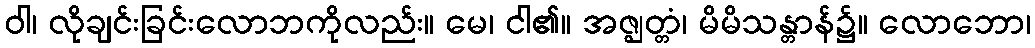
ဝါ၊ လိုချင်းခြင်းလောဘကိုလည်း။ မေ၊ ငါ၏။ အဇ္ဈတ္တံ၊ မိမိသန္တာန်၌။ လောဘော၊